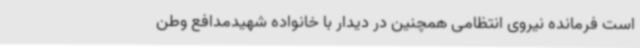
است فرمانده نیروی انتظامی همچنین در دیدار با خانواده شهیدمدافع وطن